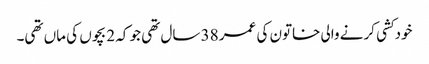
خودکشی کرنے والی خاتون کی عمر 38 سال تھی جو کہ 2 بچوں کی ماں تھی۔